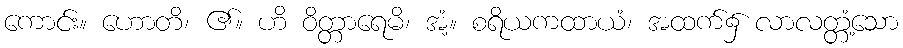
ကောင်း။ ဟောတိ၊ ၏။ ဟိ ဝိတ္တာရေမိ၊ အံ့။ စရိယကထာယံ၊ အထက်၌ လာလတ္တံ့သော